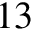
1 3